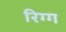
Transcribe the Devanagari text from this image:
रिग्ग